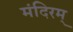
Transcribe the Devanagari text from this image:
मंदिरम्‌